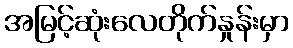
အမြင့်ဆုံးလေတိုက်နှုန်းမှာ